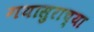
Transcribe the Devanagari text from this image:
गयासुराच्या